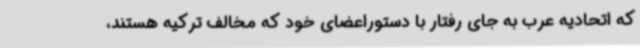
که اتحادیه عرب به جای رفتار با دستوراعضای خود که مخالف ترکیه هستند،